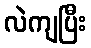
လဲကျပြီး